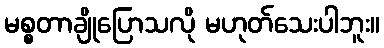
မစ္စတာချိုပြောသလို မဟုတ်သေးပါဘူး။